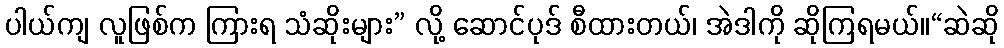
ပါယ်ကျ လူဖြစ်က ကြားရ သံဆိုးများ” လို့ ဆောင်ပုဒ် စီထားတယ်၊ အဲဒါကို ဆိုကြရမယ်။“ဆဲဆို